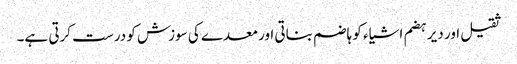
ثقیل اور دیر ہضم اشیاء کو ہاضم بناتی اور معدے کی سوزش کو درست کرتی ہے۔